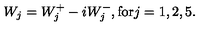
W _ { j } = W _ { j } ^ { + } - i W _ { j } ^ { - } , \mathrm { f o r } j = 1 , 2 , 5 .